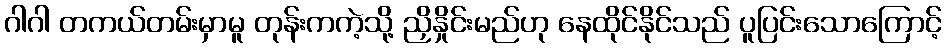
ဂါဂါ တကယ်တမ်းမှာမူ တုန်းကကဲ့သို့ ညှိနှိုင်းမည်ဟု နေထိုင်နိုင်သည် ပူပြင်းသောကြောင့်